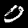
Digit: 0